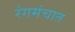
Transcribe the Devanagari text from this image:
रंगमंचात